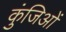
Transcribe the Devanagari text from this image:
कुंजिओं